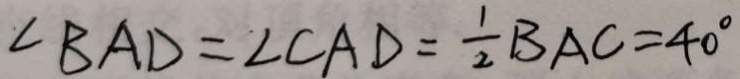
\angle B A D = \angle C A D = \frac { 1 } { 2 } B A C = 4 0 ^ { \circ }